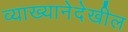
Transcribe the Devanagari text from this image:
व्याख्यानेदेखील